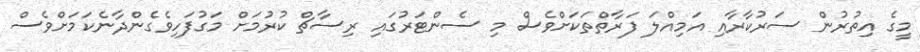
މީގެ އިތުރުން ސަރުކާރާއި އަމިއްލަ ފަރާތްތަކަށްވެސް މި ސެންޓަރުގައި ރިސާޗް ކުރުމަށް މަގުފަހިވެގެންދާނެކަމަށްވެސް